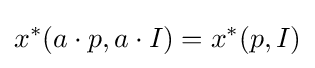
x^{*}(a\cdot p,a\cdot I)=x^{*}(p,I)